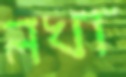
লখা